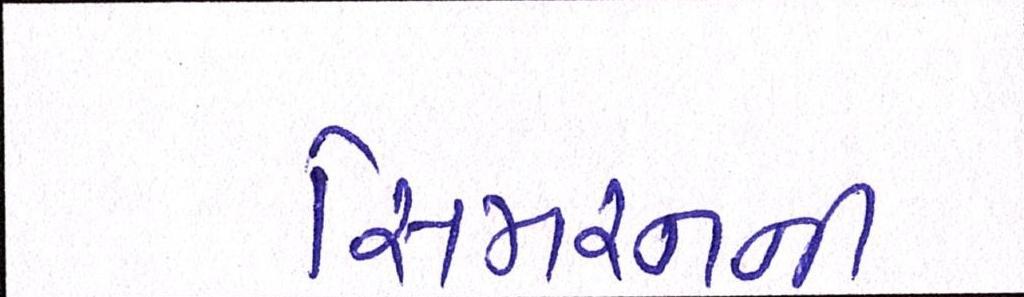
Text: સિમરનની